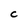
Character: C